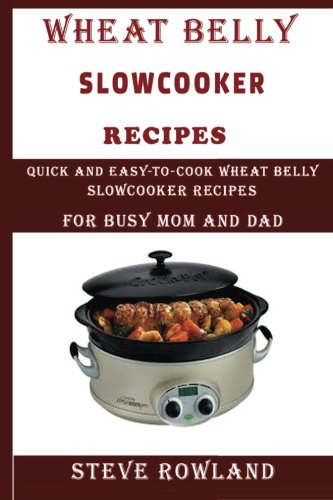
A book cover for The Wheat Belly Slowcooker Recipes:: Quick and Easy-to-Cook Wheat Belly Slow cooker Recipes for Busy Mum and Dad  (Grain free, Gluten free, wheat free, sugar free and low carb free); Steve Rowland; Cookbooks, Food & Wine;